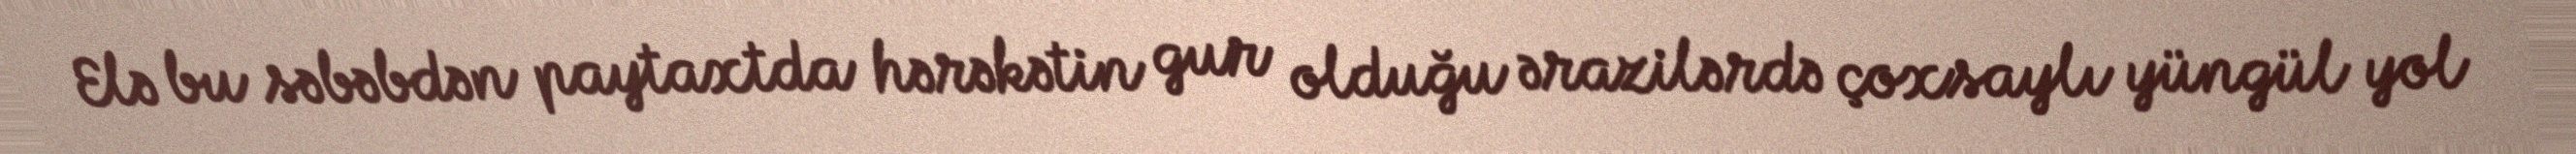
Elə bu səbəbdən paytaxtda hərəkətin gur olduğu ərazilərdə çoxsaylı yüngül yol